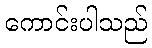
ကောင်းပါသည်